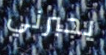
يجبرني